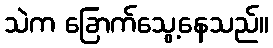
သဲက ခြောက်သွေ့နေသည်။